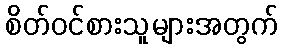
စိတ်ဝင်စားသူများအတွက်